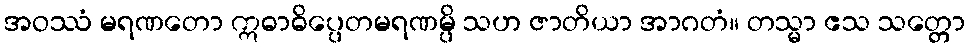
အဝဿံ မရဏတော ဣဓာဓိပ္ပေတမရဏမ္ပိ သဟ ဇာတိယာ အာဂတံ။ တသ္မာ ဧသ သတ္တော